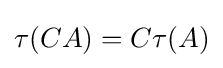
\tau (CA)=C\tau (A)